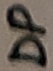
Text: DP